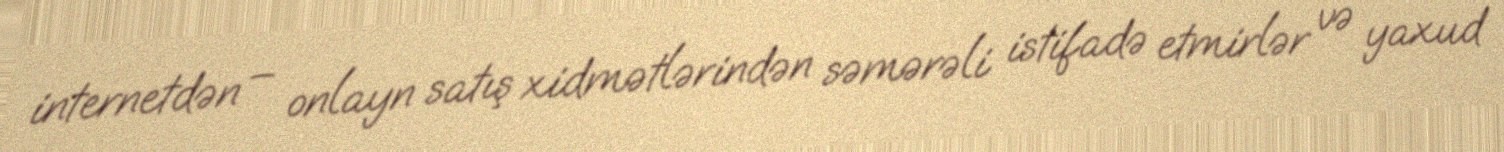
internetdən – onlayn satış xidmətlərindən səmərəli istifadə etmirlər və yaxud